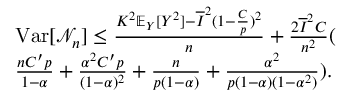
\begin{array} { r l } & { \mathrm { V a r } [ \mathcal { N } _ { n } ] \leq \frac { K ^ { 2 } \mathbb { E } _ { Y } [ Y ^ { 2 } ] - \overline { { I } } ^ { 2 } ( 1 - \frac { C } { p } ) ^ { 2 } } { n } + \frac { 2 \overline { { I } } ^ { 2 } C } { n ^ { 2 } } ( } \\ & { \frac { n C ^ { \prime } p } { 1 - \alpha } + \frac { \alpha ^ { 2 } C ^ { \prime } p } { ( 1 - \alpha ) ^ { 2 } } + \frac { n } { p ( 1 - \alpha ) } + \frac { \alpha ^ { 2 } } { p ( 1 - \alpha ) ( 1 - \alpha ^ { 2 } ) } ) . } \end{array}